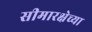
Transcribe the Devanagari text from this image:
सीमारक्षेच्या